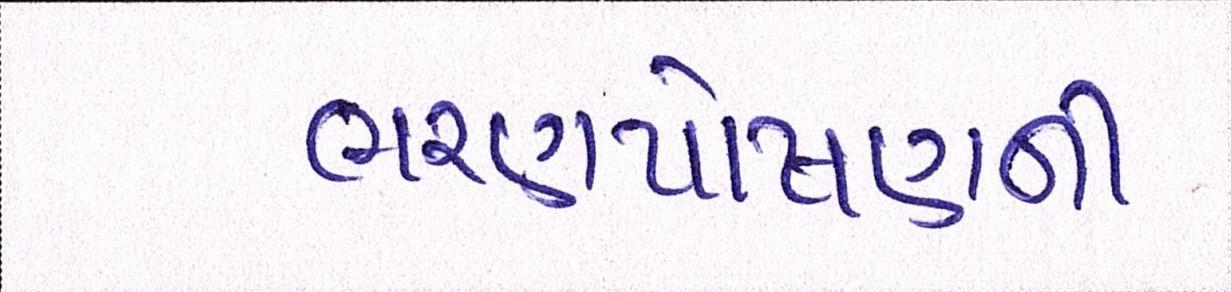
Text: ભરણપોષણની